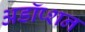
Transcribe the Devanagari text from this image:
अडॉप्शन